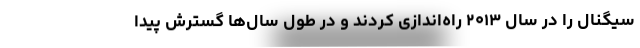
سیگنال را در سال ۲۰۱۳ راه‌اندازی کردند و در طول سال‌ها گسترش پیدا